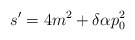
\begin{align*}s'=4m^{2}+\delta \alpha p^{2}_{0}\protect \protect\end{align*}